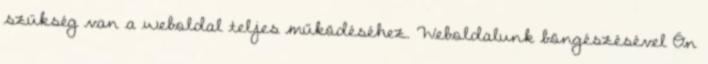
szükség van a weboldal teljes működéséhez. Weboldalunk böngészésével Ön